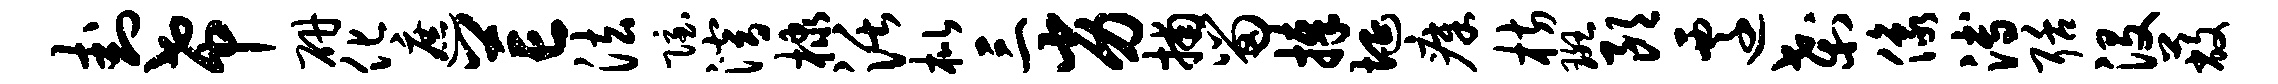
卦希研化遮芒法隐潜棣活枇三劣捕留捧埏瘴枋斑朗迁刹像溥聒没蔽